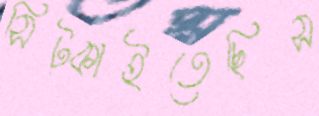
সিট্‌কাইতেছিস